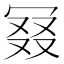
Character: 𠖎